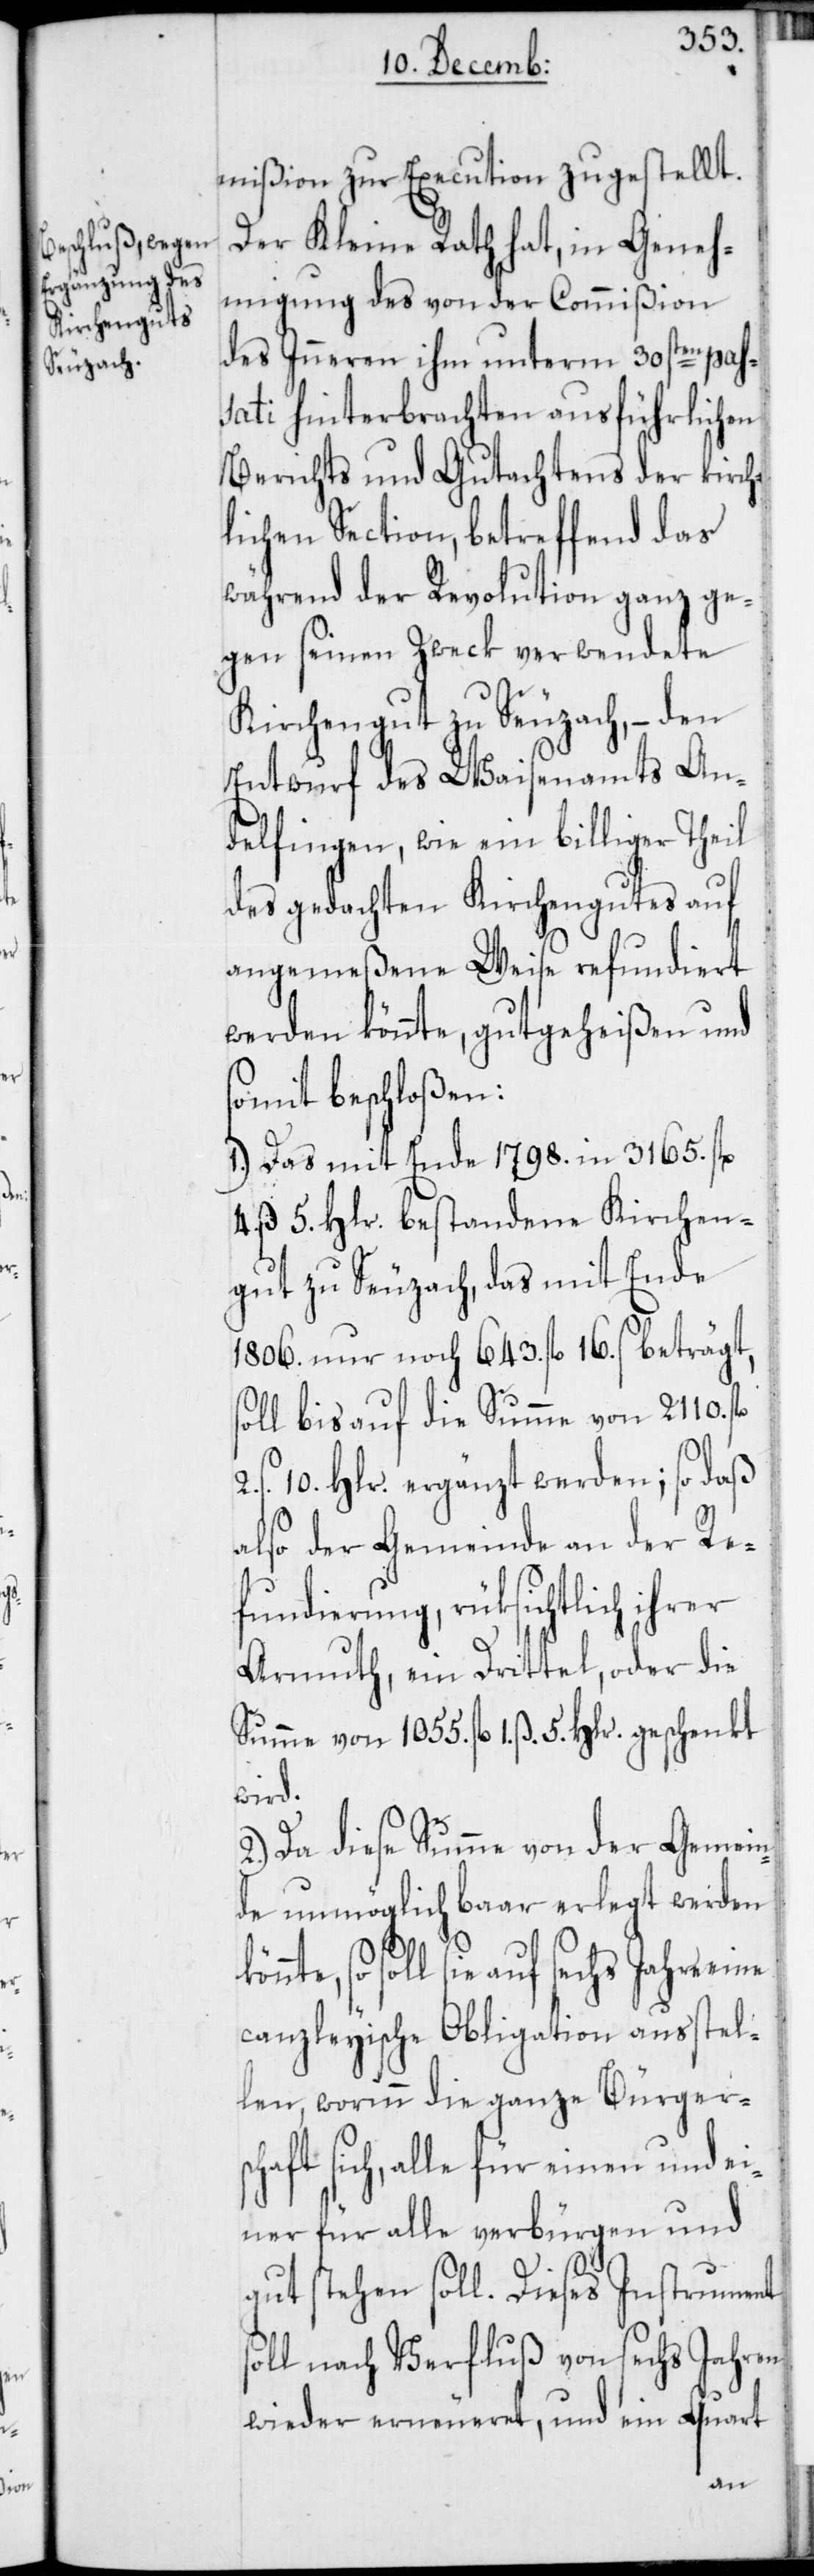
mißion zur Execution zugestellt.
Der Kleine Rath hat, in Geneh¬
migung des von der Commißion
des Inneren ihm unterm 30sten pas¬
sati hinterbrachten ausführlichen
Berichts und Gutachtens der kirch¬
lichen Section, betreffend das
während der Revolution ganz ge¬
gen seinen Zweck verwendete
Kirchengut zu Seuzach, – den
Entwurf des Waisenamts An¬
delfingen, wie ein billiger Theil
des gedachten Kirchengutes auf
angemeßene Weise refundiert
werden könnte, gutgeheißen und
somit beschloßen:
1.) Das mit Ende 1798. in 3165. fl.
4. ß 5. Hlr. bestandene Kirchen¬
gut zu Seuzach, das mit Ende
1806. nur noch 643. fl. 16. ß beträgt,
soll bis auf die Summe von 2110.
ß. 10. Hlr. ergänzt werden; so daß
also der Gemeinde an der Re¬
fundierung, rüksichtlich ihrer
Armuth, ein Drittel, oder die
Summe von 1055. fl. 1. ß. 5. Hlr.
wird.
2.) Da diese Summe von der Gemein¬
de unmöglich baar erlegt werden
so soll sie auf sechs Jahre
canzleyische Obligation ausstel¬
len, worinn die ganze Bürgersc¬
haft sich, alle für einen und ei¬
ner für alle verbürgen und
gut stehen soll. Dieses Instrument
soll nach Verfluß von sechs Jahren
wieder erneueret, und ein Quart